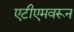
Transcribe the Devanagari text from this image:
एटीएमवरून